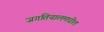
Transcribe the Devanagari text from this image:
जगतियालमधील